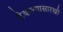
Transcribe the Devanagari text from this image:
टेकल्यासारखी